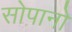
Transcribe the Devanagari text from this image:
सोपानो